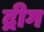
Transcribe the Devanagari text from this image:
द्रीग